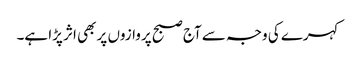
کہرے کی وجہ سے آج صبح پروازوں پر بھی اثر پڑا ہے۔